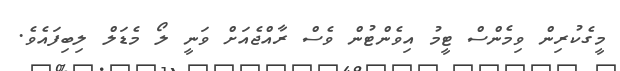
މީގެކުރިން ވިމެންސް ޓީމު އިވެންޓުން ވެސް ރާއްޖެއަށް ވަނީ ލޯ މެޑަލް ލިބިފައެވެ.